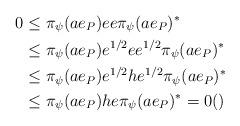
LaTeX: \begin{align*}0 &\le \pi_{\psi}(ae_P)ee\pi_{\psi}(ae_P)^*\\&\le \pi_{\psi}(ae_P)e^{1/2}ee^{1/2}\pi_{\psi}(ae_P)^*\\&\le \pi_{\psi}(ae_P)e^{1/2}he^{1/2}\pi_{\psi}(ae_P)^*\\&\le \pi_{\psi}(ae_P)he\pi_{\psi}(ae_P)^*=0 ()\end{align*}